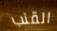
القنب